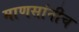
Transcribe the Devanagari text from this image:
माणसांनीच